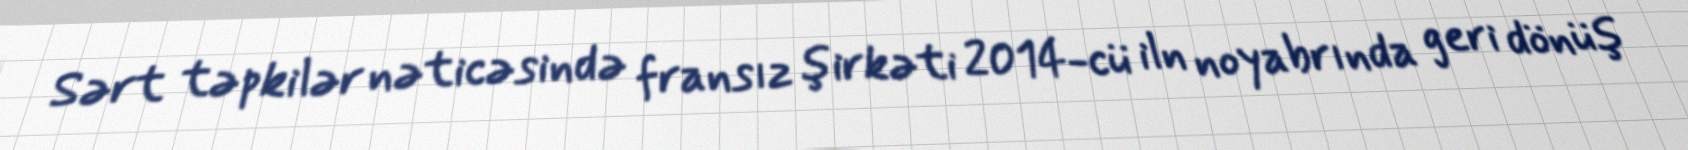
Sərt təpkilər nəticəsində fransız şirkəti 2014-cü iln noyabrında geri dönüş